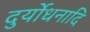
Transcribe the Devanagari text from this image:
दुर्योधनादि